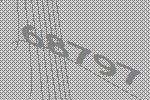
68797